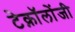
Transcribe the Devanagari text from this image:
टेक्नॉलोंजी